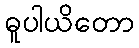
ဓူပါယိတော